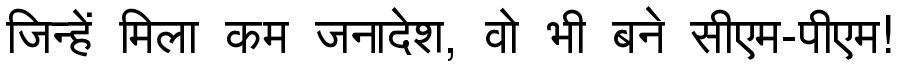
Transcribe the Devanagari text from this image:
जिन्हें मिला कम जनादेश, वो भी बने सीएम-पीएम!